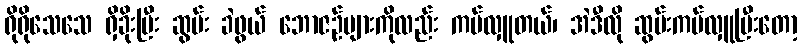
ရိုရိုသေသေ ရှိခိုးပြီး ဆွမ်း ခဲဖွယ် ဘောဇဉ်များကိုလည်း ကပ်လှူတယ်၊ အဲဒီလို ဆွမ်းကပ်လှူပြီးတော့